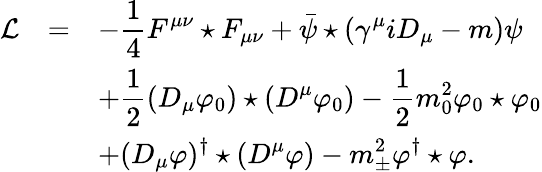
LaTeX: \begin{array}{rcl}{{{\cal L}}}&{{=}}&{{\displaystyle-\frac{1}{4}F^{\mu\nu}\star F_{\mu\nu}+\bar{\psi}\star(\gamma^{\mu}iD_{\mu}-m)\psi}}\\ {{}}&{{}}&{{\displaystyle+\frac{1}{2}(D_{\mu}\varphi_{0})\star(D^{\mu}\varphi_{0})-\frac{1}{2}m_{0}^{2}\varphi_{0}\star\varphi_{0}}}\\ {{}}&{{}}&{{\displaystyle+(D_{\mu}\varphi)^{\dagger}\star(D^{\mu}\varphi)-m_{\pm}^{2}\varphi^{\dagger}\star\varphi.}}\end{array}